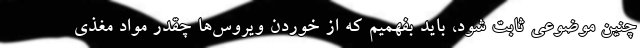
چنین موضوعی ثابت شود، باید بفهمیم که از خوردن ویروس‌ها چقدر مواد مغذی